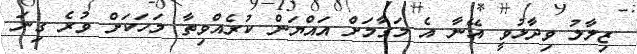
ޒިލާލު ވިދާޅުވީ އޭނާ އެ މަގާމަށް އައްޔަން ކުރެއްވިތާ މަހަކަށް ވުރެ ގިނަ